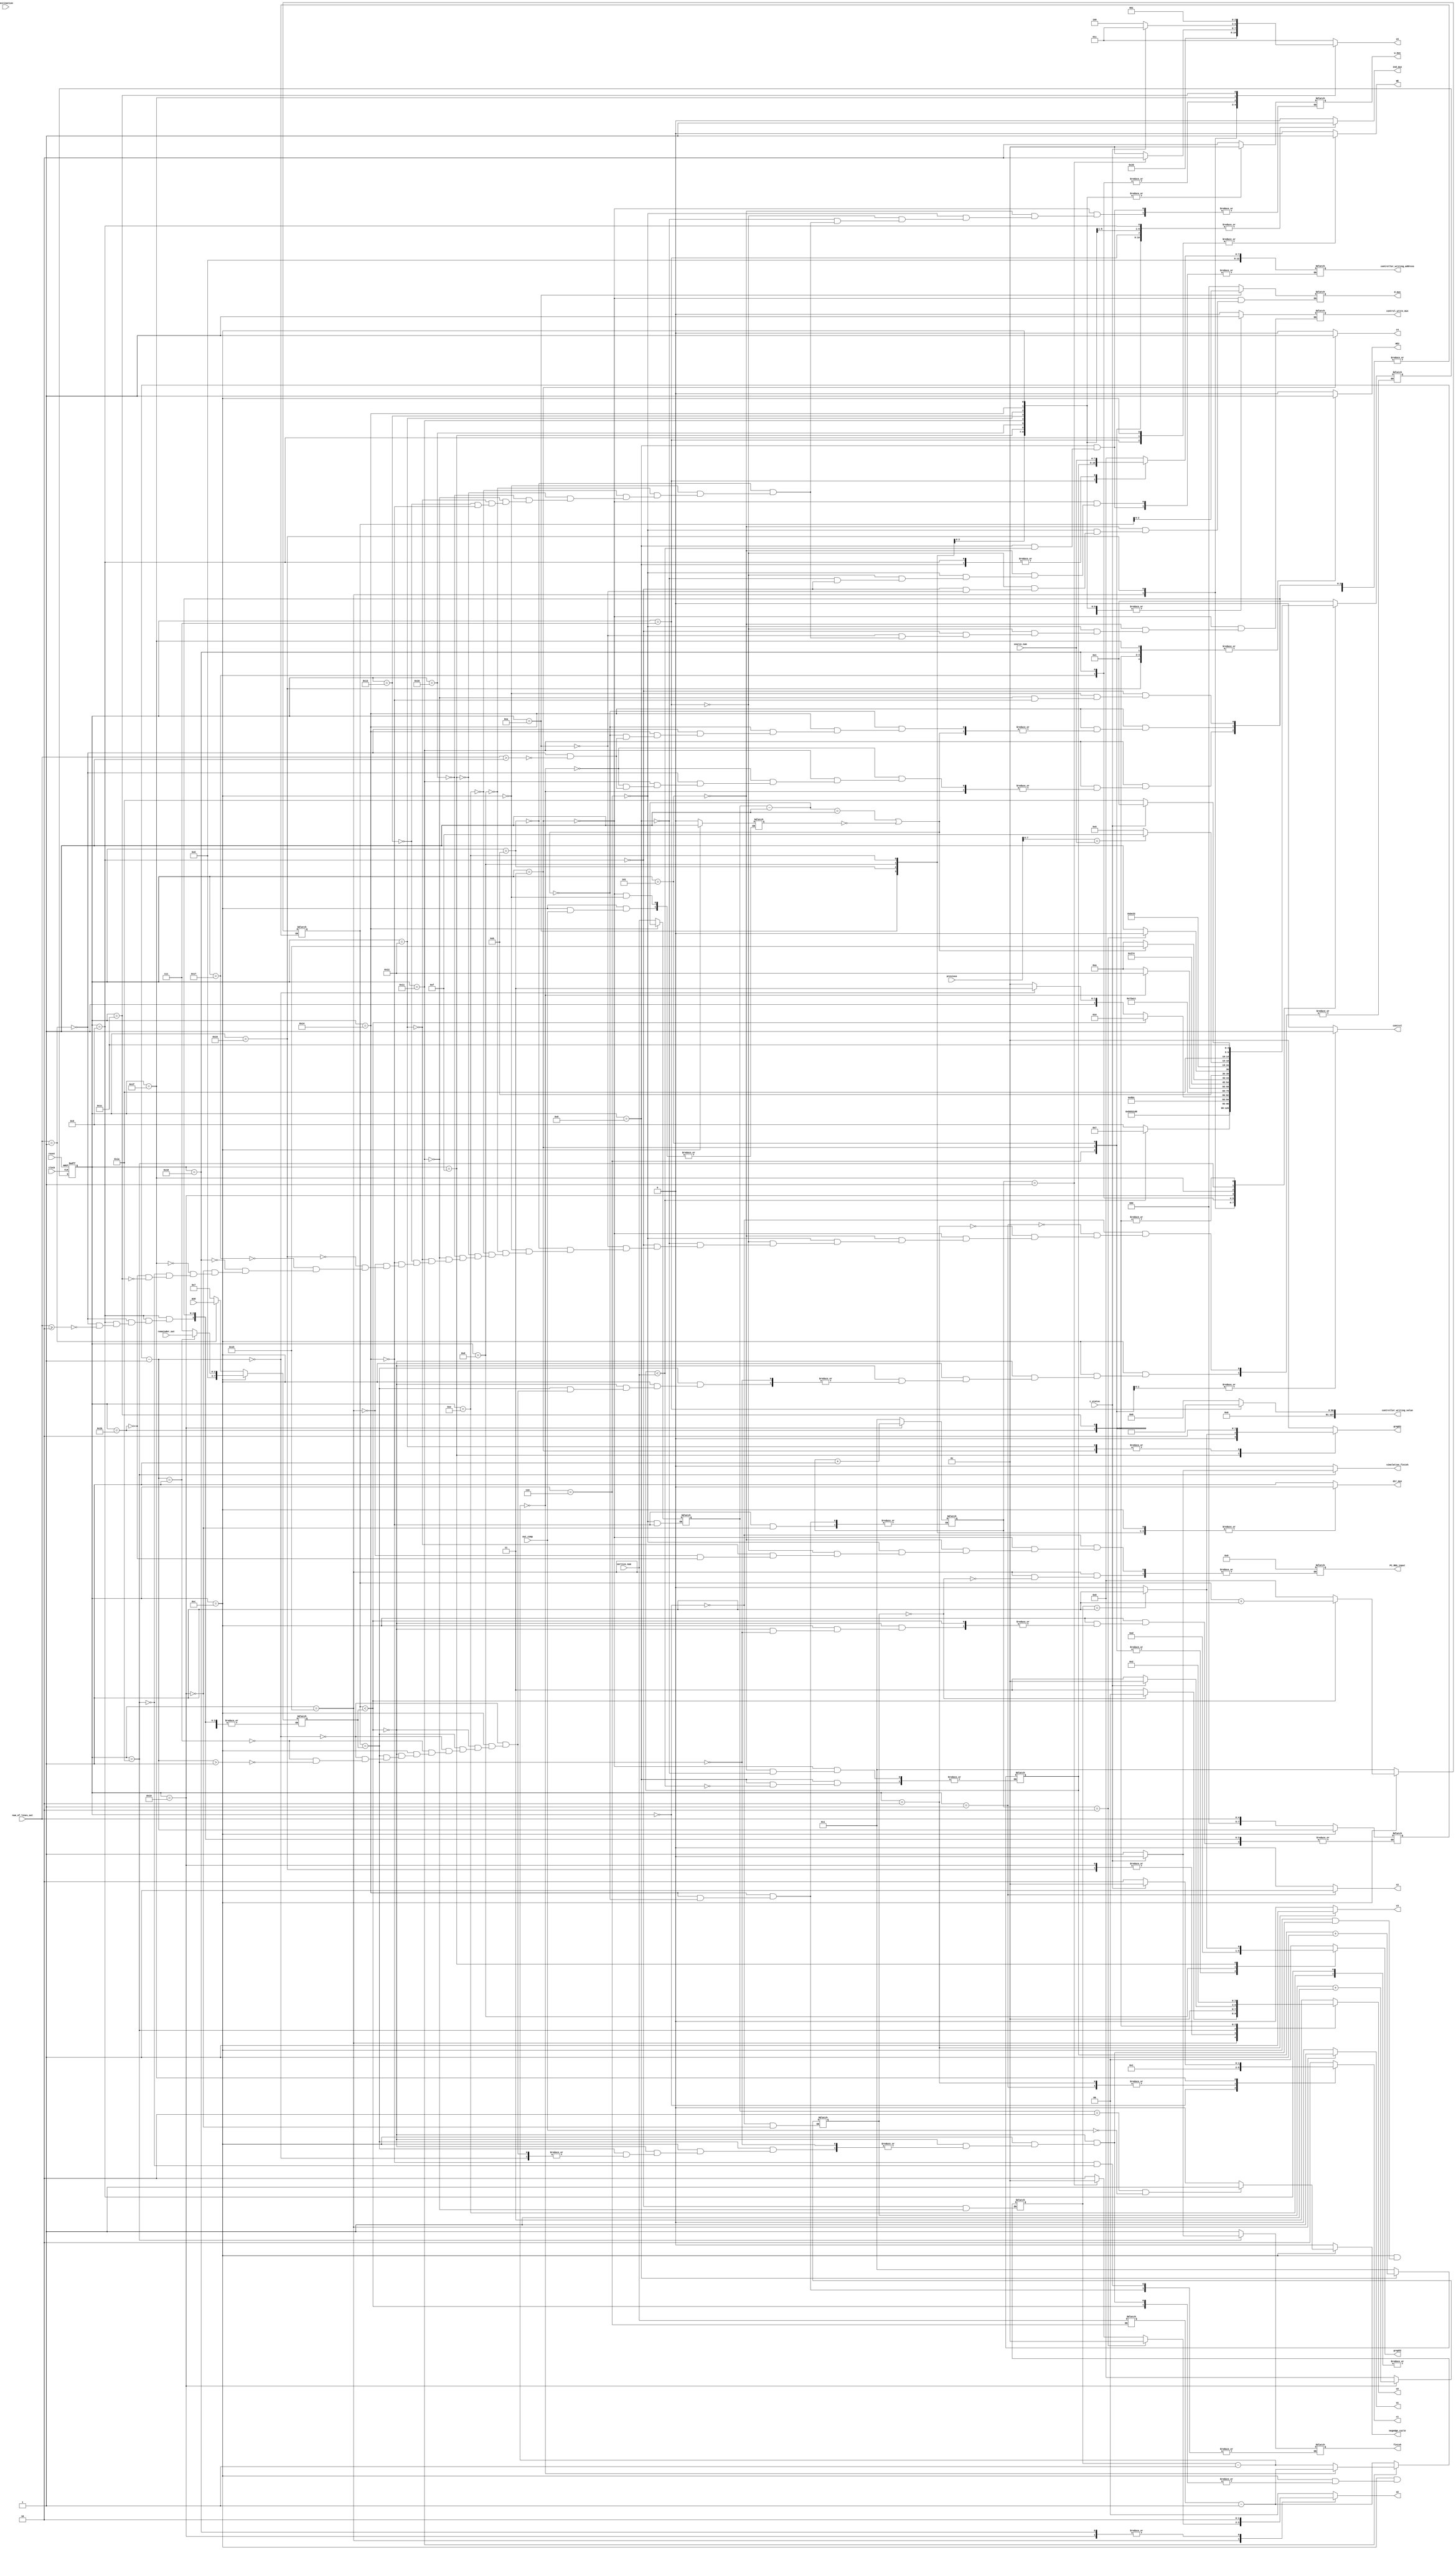
module bellman_ford_controller( previous,i_status,simulation_finish,negedge_cycle, destination,WE2, o1,o2,o3,o4, clock, reset, vertice_num, source_num, DCR, out_comp, WE, snd_mux, graph1, graph2, d_mux, control, PC_REG_input, controller_writing_address, controller_writing_value, w_mux, control_write_mux, finish, dcr_mux, c1, c2, c3, c4,num_of_lines_out,remainder_out

    );	 
/*--------------------input declaration---------------*/
input [7:0] destination;
input [127:0] previous;
input clock;
input reset;
input [7:0] vertice_num;
input [7:0] source_num;
input [7:0] DCR;
input out_comp;
input i_status;
input [4:0] num_of_lines_out;
input [2:0] remainder_out;
/*------------------output declaration--------------*/
output WE;
output WE2;
output [1:0] o2,o3;
output [2:0] o4;
output   o1;
output snd_mux;
output control;
output [1:0] graph1;
output [1:0] graph2;
output [2:0] d_mux;
output [12:0] PC_REG_input;
output [12:0] controller_writing_address;
output [127:0] controller_writing_value;
output simulation_finish;
reg simulation_finish;
output [1:0] w_mux;
output control_write_mux;
output finish;
output dcr_mux;
output [1:0] c1;
output c2;
output c3;
output c4;
/*-------------------registers and nets-----------*/	 
parameter [4:0] 
	S0 = 5'b00000,
	S1 = 5'b00001,
	S2 = 5'b00010,
	S3 = 5'b00011,
	S4 = 5'b00100,
	S5 = 5'b00101,
	S6 = 5'b00110,
	S7 = 5'b00111,
	S8 = 5'b01000,
	S9 = 5'b01001,
	S10 = 5'b01010,
	S11 = 5'b01011,
	S12 = 5'b01100,
	S13 = 5'b01101,
	S14 = 5'b01110,
	S15 = 5'b01111,
	S16 = 5'b10000,
    S17 = 5'b10001,
	S18 = 5'b10010,
	S19 = 5'b10011,
	S20 = 5'b10100,
	S21 = 5'b10101,
	S22 = 5'b10110,
	S23 = 5'b10111,
	S24 = 5'b11000,
	S25 = 5'b11001,
	S26 = 5'b11010,
	S27 = 5'b11011,
	S28 = 5'b11100,
	S29 = 5'b11101,
	S31 = 5'b11111;
	
reg WE2;
reg [1:0] o2,o3;
reg [2:0] o4;
reg o1;
reg [4:0] current_state, next_state;
reg [7:0] d_count,temp1,temp3,temp2,temp4;
reg [7:0] run_loop;
reg [7:0] bellman_count;
output negedge_cycle;
reg WE;
reg snd_mux;
reg control;
reg [1:0] graph1;
reg [1:0] graph2;
reg [2:0] d_mux;
reg [12:0] PC_REG_input;
reg [12:0] controller_writing_address;
reg [127:0] controller_writing_value;
reg [1:0] w_mux;
reg control_write_mux;
reg finish;
reg [7:0] a,b;
reg dcr_mux;
reg [1:0] c1;
reg c2;
reg c3;
reg c4;
reg negedge_cycle;
reg [7:0] count,flag;
reg value;	
always@(posedge clock or negedge reset)
begin 
if (!reset) current_state <= S0; //s28
else       
begin
current_state <= next_state;
end
end

always@(*)
begin
simulation_finish=0;
controller_writing_value = 128'h00000000000000000000000000000000;
dcr_mux = 1'b1;
c4=1'b0;
c2=1'b0;
c3=1'b0;                   
c1=2'b10;
o2=2'b00;  
o1=1'b0;
o4=3'b011;
o3=2'b11;
WE2=1'b0;
WE=1'b0;
snd_mux=1'b0;
negedge_cycle =1'b0;
graph1=2'b01;
graph2=2'b00;
control=1'b0;
case(current_state)
S0:   
begin
flag = 0;
c1 = 2'b00;
PC_REG_input= 13'b0000000000000;
next_state = S1;
end
S1:          
begin   
c1= 2'b01;   //10 adhi
c2=1'b1;
next_state = S2;
end
S2:          
begin
c1=2'b01;
c3=1'b1;
next_state = S3;
end
S3:                  
begin
c4=1'b1;
value=0;
snd_mux = 1'b1;
graph1 = 2'b10;    
graph2 = 2'b01;
d_mux = 3'b000;
PC_REG_input = 13'b0000000000000;
controller_writing_address = 13'b0000000000000;
w_mux = 2'b10;
control = 1'b1;
control_write_mux = 1'b0;
a = 1; 
next_state = S5;
end
S5:     
begin
graph2 = 2'b01;
WE = 1'b0;
snd_mux = 1'b1;
d_mux = 3'b000;
graph2 = 2'b01;
PC_REG_input = 13'b0000000000000;
controller_writing_address = 13'b0000000000000;
controller_writing_value = 128'h00000000000000000000000000000000;
a = 1;
w_mux = 2'b10;
control_write_mux = 1'b0;
control = 1'b1;
next_state=S6;
end
S6:       
begin
WE = 1'b0;
snd_mux = 1'b1;
graph2 = 2'b01;
d_mux = 3'b000;
PC_REG_input = 13'b0000000000000;
controller_writing_address = 13'b0000000000000;
controller_writing_value = 128'h00000000000000000000000000000000;
w_mux = 2'b10;
control_write_mux = 1'b0;
b = vertice_num;
bellman_count=vertice_num;
next_state = S7;
end 
//booting infinity in temporary memory
S7:                    
begin
WE = 1'b1;
snd_mux = 1'b1;
d_mux = 3'b000;
PC_REG_input = 13'b0000000000000;
controller_writing_address = {5'b00000, a};
controller_writing_value = 128'h00000000000100000000000000000000;
w_mux = 2'b10;
control_write_mux = 1'b0;
next_state = S8;
end
S8:            
begin
if (a < vertice_num)
begin
a = a + 1;
next_state = S7;           
end
else
begin
w_mux = 2'b10;
controller_writing_address = {5'b00000, source_num};
next_state = S9;          
end
end
//booting zero in the source
S9:              
begin
WE = 1'b1;
controller_writing_address = {5'b00000, source_num};
control_write_mux = 1'b0;
controller_writing_value = 128'h00000000000000000000000000000000;
run_loop = b-1; 
snd_mux = 1'b1;    
d_mux = 3'b000;                     //changed
if(num_of_lines_out==1)
begin
temp1=1; // temp1=DCR;
temp3=DCR;// temp3=num_of_lines_out;
temp2=num_of_lines_out;
end
else if(num_of_lines_out>=2)
begin
temp1=1; // temp1=7;
temp2=num_of_lines_out;
temp3=7; //temp3=num_of_lines_out;
temp4=remainder_out;
end
//d_count=1; //we dont use this
next_state = S10;
end
S10:                  
begin
WE = 1'b0;
dcr_mux = 1'b0;
control_write_mux = 1'b1;
d_mux = temp1[2:0];
next_state = S11;
end
S11:         
begin
WE = 1'b0;
dcr_mux = 1'b0; 
w_mux = 2'b01;
control_write_mux = 1'b1;
next_state = S12;
end
S12:                 
begin
WE = 1'b1;
dcr_mux = 1'b0;
w_mux = 2'b01;
control_write_mux = 1'b1;
/*optimization*/
if(out_comp==0)
value=1;
if((bellman_count== 2) && (out_comp==0))
begin
negedge_cycle = 1'b1;
end
else 
negedge_cycle=1'b0;
if(temp1<temp3) //if(temp1>1) 
begin
  temp1=temp1+1;   //temp1=temp1-1;
  //d_count = d_count+1;  // wnt come
  next_state = S10;           
end
else if(temp1==temp3)
begin
temp2=temp2-1;
 if(temp2==0) 
  begin
   next_state = S15;              
  end
 else if(temp2==1) //temp2=1
  begin
   temp1=0;      
   temp3=remainder_out;             // DCR-d_count;
   next_state=S13;             
  end   
 else if((temp2>1)) //temp2>1
  begin
   temp1=0;
   temp3=7;
   next_state=S13;
  end

  end

end
S13:          
begin
WE = 1'b0;
dcr_mux = 1'b0;
graph2 = 2'b10;
w_mux = 2'b01;
control_write_mux = 1'b1;
next_state = S14;
end   
S14:                  
begin
WE = 1'b0;
dcr_mux = 1'b0;
w_mux = 2'b01;
control_write_mux = 1'b1;
// = d_count + 1;
next_state = S10;      
end
S15:                  
begin
WE = 1'b0;
snd_mux = 1'b1;
if(run_loop == 1)            //changed
begin
graph2 = 2'b11;
end
else
begin
graph1 = 2'b00;
graph2 = 2'b10;
end
w_mux = 2'b01;
control_write_mux = 1'b1;
next_state = S16;
end
S16:          
begin
WE = 1'b0;
snd_mux = 1'b1;
w_mux = 2'b01;
control_write_mux = 1'b1;
dcr_mux = 1'b1;
next_state = S17;
end
S17:          
begin
WE = 1'b0;
snd_mux = 1'b1;
w_mux = 2'b01;
control_write_mux = 1'b1;
run_loop = run_loop - 1;          //changed
if(run_loop== 0)
begin
next_state = S18;
run_loop =b-1;
end
else
begin
	if(num_of_lines_out==1)
	begin
	temp1=1;
	temp3=DCR;
	temp2=num_of_lines_out;
	end
	else if(num_of_lines_out>1)
	begin
	temp1=1;
	temp3=7;
	temp2=num_of_lines_out;
	end
	//d_count=1;
	
	next_state = S10;
end
end
S18:
begin
WE = 1'b0;
snd_mux = 1'b1;
graph1 = 2'b10;
PC_REG_input = 13'b0000000000000;
w_mux = 2'b01;
control_write_mux = 1'b1;
next_state = S19;
end
S19:         
begin
WE = 1'b0;
snd_mux = 1'b1;
w_mux = 2'b01;
control_write_mux = 1'b1;
next_state = S20;  
end
S20:          
begin
WE = 1'b0;
snd_mux = 1'b1;
w_mux = 2'b01;
control_write_mux = 1'b1;
bellman_count = bellman_count - 1;
if(bellman_count==1 || !value)
begin
finish =1;
count =1;
next_state=S21;
end
else
 begin
	if(num_of_lines_out==1)
	begin
	temp1=1;
	temp3=DCR;
	temp2=num_of_lines_out;
	end
	else if(num_of_lines_out>1)
	begin
	temp1=1;
	temp3=7;
	temp2=num_of_lines_out;
	end
	//d_count=1;
	next_state = S10;
 end
end
S21:         
begin
if(flag==0)
begin
PC_REG_input = 13'b0000000000000;
o3 = 2'b00;
end
else
o3 = 2'b11;
o1 = 1'b1;
o4 = 3'b010;               
if (count==1)
o2 = 2'b01;
else 
o2 = 2'b10;
if(count==2)
begin
o2 = 2'b01;
next_state=S22;   
end
else 
next_state = S23;     
end
S22:     
begin
WE2 = 1'b1;
o3 = 2'b01;
o4 = 3'b000;
next_state = S23;
end
S23:       
begin
if (count == 1)
o4=3'b010;
else
o4 = 3'b001;
o1 = 1'b0;
next_state = S24;
end
S24:    
begin
WE2=1;
o1=1'b0;
if(count==1)
begin
o4 = 3'b010;
o2=2'b10;
end
else
begin
o4=3'b001;
o2=2'b10;
end
o3 = 2'b11;
next_state = S25;
end
S25:              
begin
o3 = 2'b01;
o2 = 2'b10;
count = count + 1;
flag = flag + 1;
if (previous [7:0] == source_num)
next_state = S31;            
else 
next_state = S21;          
end
S31:begin
if(i_status)
begin
c1 = 2'b01;
WE2=1'b1;
o4=3'b011;
next_state=S26;
end
else
begin
WE2=1'b1;
o4=3'b100;
next_state=S26;
end
end
S26:              
begin
if(i_status)
begin
finish = 0;
next_state =S1;       
o3=2'b01;
end
else
begin
finish=1;
next_state=S26;  
     simulation_finish=1;
end
end
S27:
begin
PC_REG_input = 13'b0000000000000;
o3=2'b00;
WE2=1'b1;
next_state= S28; 
end
S28 :
begin
o4=2'b101;
o3=2'b10;
WE2=1'b1;
next_state = 28;
end
endcase
end
endmodule